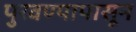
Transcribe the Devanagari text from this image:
पुरवण्यापासून